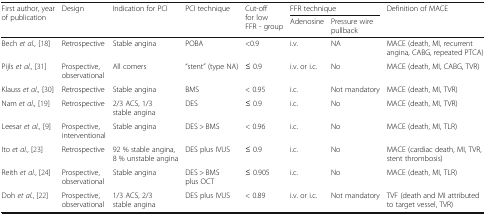
<table><thead><tr><td rowspan="2"><b>First author, year of publication</b></td><td rowspan="2"><b>Design</b></td><td rowspan="2"><b>Indication for PCI</b></td><td rowspan="2"><b>PCI technique</b></td><td rowspan="2"><b>Cut-off for low FFR - group</b></td><td colspan="2"><b>FFR technique</b></td><td rowspan="2"><b>Definition of MACE</b></td></tr><tr><td><b>Adenosine</b></td><td><b>Pressure wire pullback</b></td></tr></thead><tbody><tr><td>Bech <i>et al.,</i> [18]</td><td>Retrospective</td><td>Stable angina</td><td>POBA</td><td>&lt;0.9</td><td>i.v.</td><td>NA</td><td>MACE (death, MI, recurrent angina, CABG, repeated PTCA)</td></tr><tr><td>Pijls <i>et al.,</i> [31]</td><td>Prospective, observational</td><td>All comers</td><td>“stent” (type NA)</td><td>≤ 0.9</td><td>i.v. or i.c.</td><td>No</td><td>MACE (death, MI, CABG, TVR)</td></tr><tr><td>Klauss <i>et al.,</i> [30]</td><td>Retrospective</td><td>Stable angina</td><td>BMS</td><td>&lt; 0.95</td><td>i.c.</td><td>Not mandatory</td><td>MACE (death, MI, TVR)</td></tr><tr><td>Nam <i>et al.,</i> [19]</td><td>Retrospective</td><td>2/3 ACS, 1/3 stable angina</td><td>DES</td><td>≤ 0.9</td><td>i.c.</td><td>No</td><td>MACE (death, MI, TVR)</td></tr><tr><td>Leesar <i>et al.,</i> [9]</td><td>Prospective, interventional</td><td>Stable angina</td><td>DES &gt; BMS</td><td>&lt; 0.96</td><td>i.c.</td><td>No</td><td>MACE (death, MI, TLR)</td></tr><tr><td>Ito <i>et al.</i>, [23]</td><td>Retrospective</td><td>92 % stable angina, 8 % unstable angina</td><td>DES plus IVUS</td><td>≤ 0.9</td><td>i.c.</td><td>No</td><td>MACE (cardiac death, MI, TVR, stent thrombosis)</td></tr><tr><td>Reith <i>et al.</i>, [24]</td><td>Prospective, observational</td><td>Stable angina</td><td>DES &gt; BMS plus OCT</td><td>≤ 0.905</td><td>i.c.</td><td>No</td><td>MACE (death, MI, TLR)</td></tr><tr><td>Doh <i>et al.</i>, [22]</td><td>Prospective, observational</td><td>1/3 ACS, 2/3 stable angina</td><td>DES plus IVUS</td><td>&lt; 0.89</td><td>i.v. or i.c.</td><td>Not mandatory</td><td>TVF (death and MI attributed to target vessel, TVR)</td></tr></tbody></table>